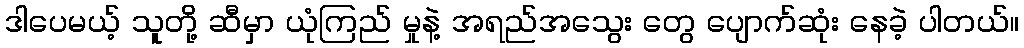
ဒါပေမယ့် သူတို့ ဆီမှာ ယုံကြည် မှုနဲ့ အရည်အသွေး တွေ ပျောက်ဆုံး နေခဲ့ ပါတယ်။